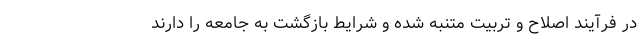
در فرآیند اصلاح و تربیت متنبه شده و شرایط بازگشت به جامعه را‌ دارند